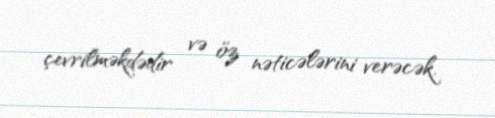
çevrilməkdədir və öz nəticələrini verəcək.